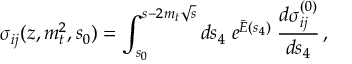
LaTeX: \times \sum _ { \nu } \Phi _ { A ^ { \prime } A } ^ { ( \cal R , \nu ) } ( \vec { q } _ { 1 } , \vec { q } , s _ { 0 } ) \int _ { \delta - i \infty } ^ { \delta + i \infty } \frac { d \omega } { 2 \pi i } \left[ \left( \frac { s } { s _ { 0 } } \right) ^ { \omega } G _ { \omega } ^ { ( \cal R ) } ( \vec { q } _ { 1 } , \vec { q } _ { 2 } , \vec { q } ) \right] \Phi _ { B ^ { \prime } B } ^ { ( \cal R , \nu ) } ( - \vec { q } _ { 2 } , - \vec { q } , s _ { 0 } ) ,